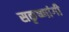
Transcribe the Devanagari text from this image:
सकृष्णांगी